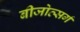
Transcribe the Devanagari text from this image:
बीजोत्सर्ग